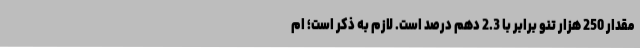
مقدار 250 هزار تنو برابر با 2.3 دهم درصد است. لازم به ذکر است؛ ام